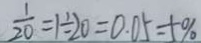
\frac { 1 } { 2 0 } = 1 \div 2 0 = 0 . 0 5 = 5 \%